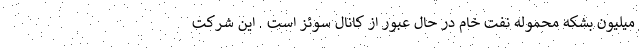
میلیون بشکه محموله نفت خام در حال عبور از کانال سوئز است . این شرکت